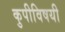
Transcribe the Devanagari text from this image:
कुपीविषयी